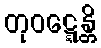
တုဝဋ္ဋေန္တိ